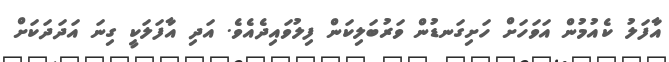
އާފަލު ކެއުމުން އަވަހަށް ހަށިގަނޑުން ވަރުބަލިކަން ފިލުވައިދެއެވެ. އަދި އާފަލަކީ ގިނަ އަދަދަކަށް